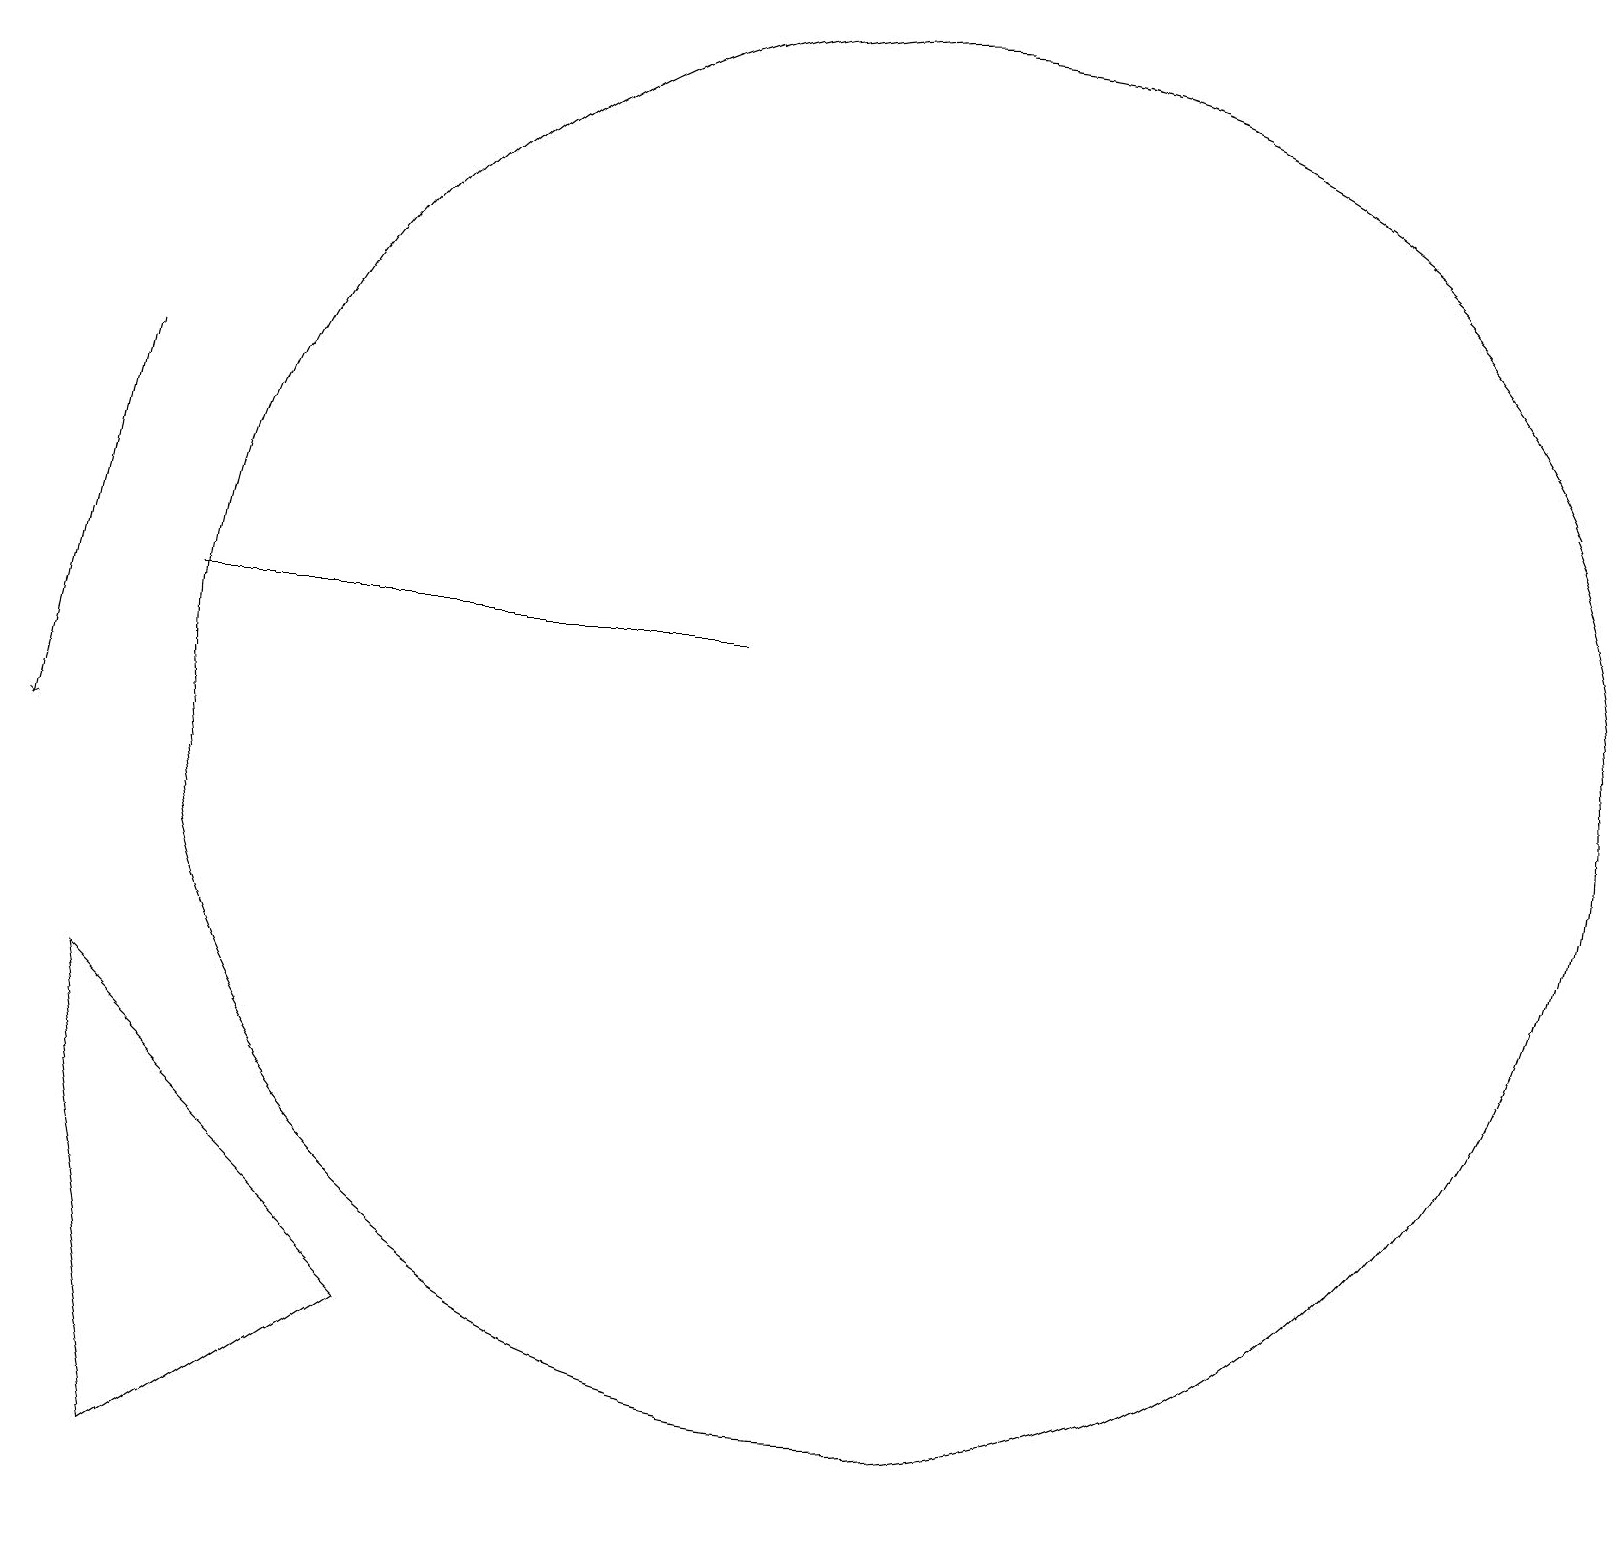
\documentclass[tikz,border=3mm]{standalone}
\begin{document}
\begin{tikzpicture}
\draw (2,1) -- (1,7) -- (5,3) -- cycle;
\draw[->] (1,15) -- (0,10);
\draw (9,12) rectangle (2,12);
\draw (11,11) circle (9);
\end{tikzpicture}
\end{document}